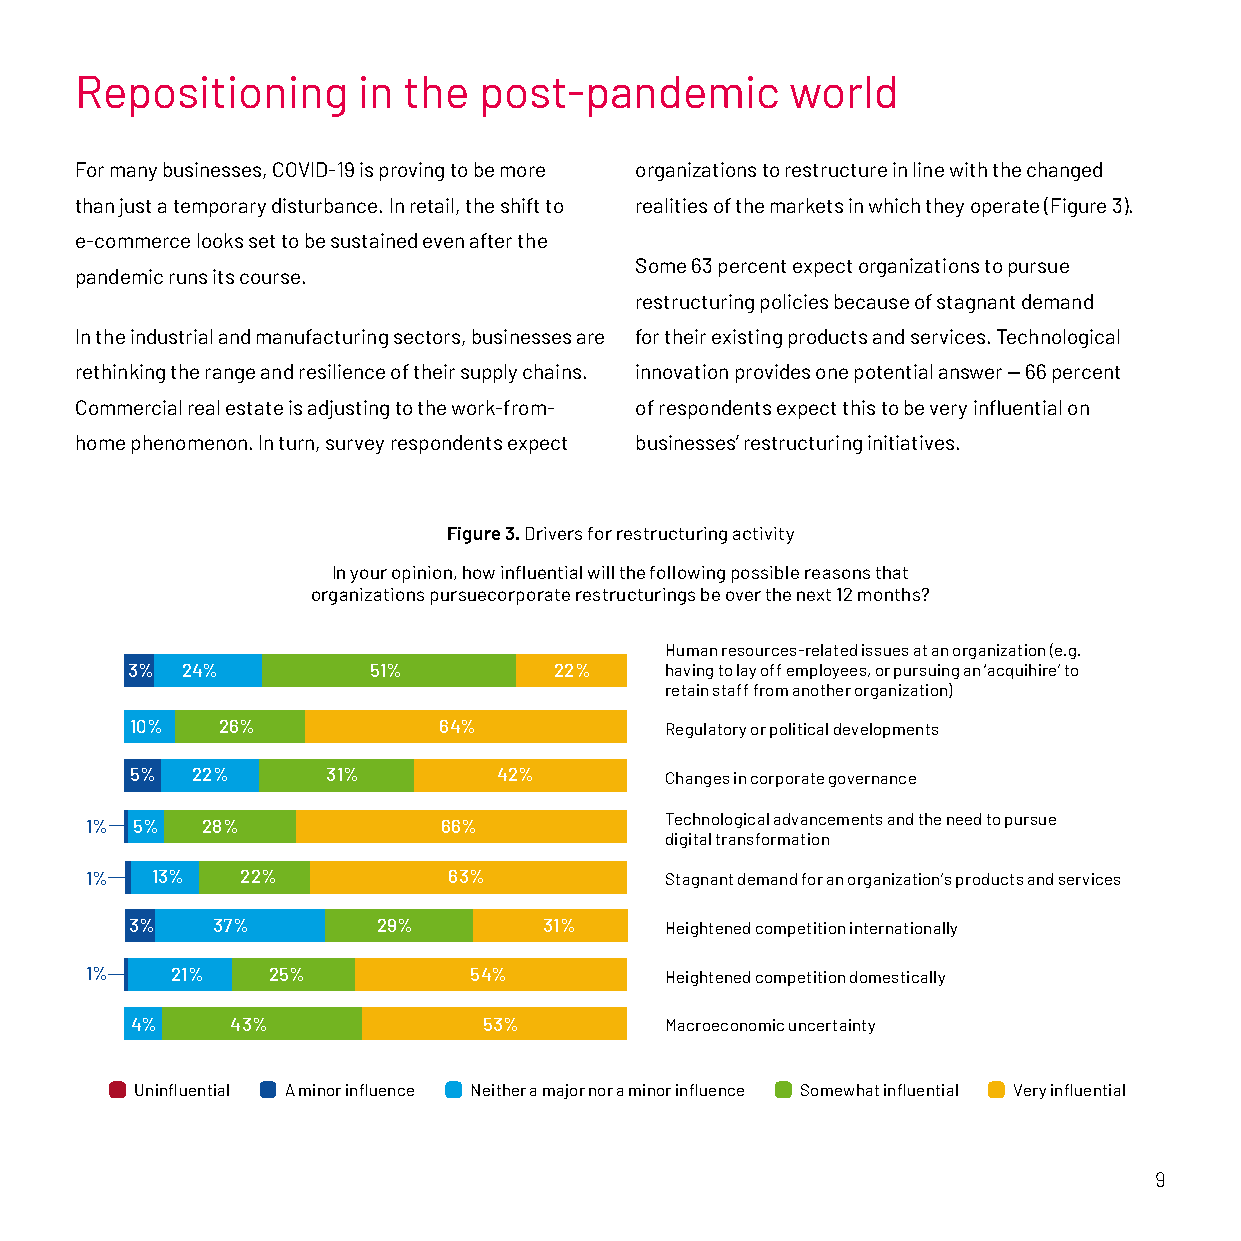
Repositioning      in the  post-pandemic       world
 For many businesses, COVID-19 is proving to be more organizations to restructure in line with the changed
 than just a temporary disturbance. In retail, the shift to realities of the markets in which they operate (Figure 3).
 e-commerce looks set to be sustained even after the
 Some 63 percent expect organizations to pursue
 pandemic runs its course.
 restructuring policies because of stagnant demand
 In the industrial and manufacturing sectors, businesses are for their existing products and services. Technological
 rethinking the range and resilience of their supply chains. innovation provides one potential answer — 66 percent
 Commercial real estate is adjusting to the work-from- of respondents expect this to be very influential on
 home phenomenon. In turn, survey respondents expect businesses’ restructuring initiatives.
 Figure 3. Drivers for restructuring activity
 In your opinion, how influential will the following possible reasons that
 organizations pursuecorporate restructurings be over the next 12 months?
 Human resources-related issues at an organization (e.g.
 3%  24%         51%          22%    having to lay off employees, or pursuing an ‘acquihire’ to
 retain staff from another organization)
 10%  26%            64%            Regulatory or political developments
 5%  22%      31%        42%        Changes in corporate governance
 Technological advancements and the need to pursue
 1% 5%  28%             66%
 digital transformation
 1%  13%   22%           63%           Stagnant demand for an organization’s products and services
 3%   37%        29%        31%     Heightened competition internationally
 1%   21%    25%          54%          Heightened competition domestically
 4%    43%              53%         Macroeconomic uncertainty
 Uninfluential A minor influence Neither a major nor a minor influence Somewhat influential Very influential
 9